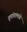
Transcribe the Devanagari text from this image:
वृत्तांतामध्ये